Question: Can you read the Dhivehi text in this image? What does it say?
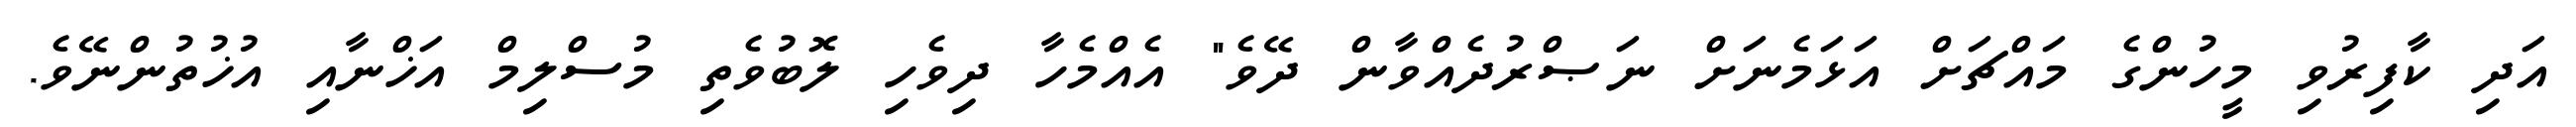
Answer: އަދި ކާފިރުވި މީހުންގެ މައްޗަށް އަޅަމެނަށް ނަޞްރުދެއްވާން ދޭވެ" އެއްމެހާ ދިވެހި ލޮބުވެތި މުސްލިމް އަޚްނާއި އުޚުތުންނޭވެ.